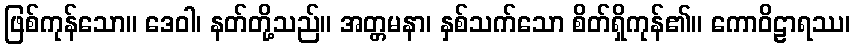
ဖြစ်ကုန်သော။ ဒေဝါ၊ နတ်တို့သည်။ အတ္တမနာ၊ နှစ်သက်သော စိတ်ရှိကုန်၏။ ကောဝိဠာရဿ၊